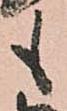
も